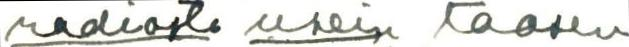
radiosta usein taasen